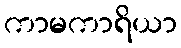
ကာမကာရိယာ